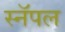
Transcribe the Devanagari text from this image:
स्नॅपल